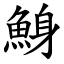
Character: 鯓